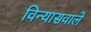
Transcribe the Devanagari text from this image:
विन्यासवाले